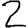
Digit: 2